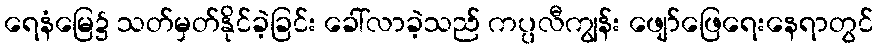
ရေနံမြေ၌ သတ်မှတ်နိုင်ခဲ့ခြင်း ခေါ်လာခဲ့သည် ကပ္ပလီကျွန်း ဖျော်ဖြေရေးနေရာတွင်